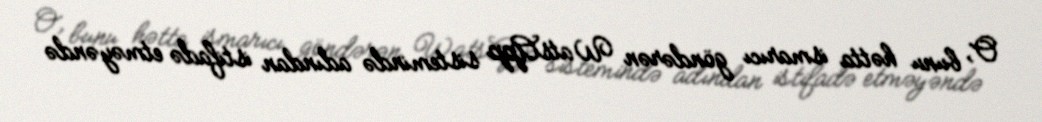
O, bunu hətta ismarıcı göndərən WatsApp sistemində adından istifadə etməyəndə